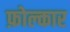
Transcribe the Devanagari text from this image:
फ़ोल्कार